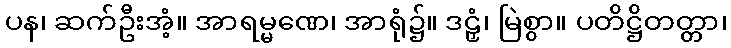
ပန၊ ဆက်ဦးအံ့။ အာရမ္မဏေ၊ အာရုံ၌။ ဒဠှံ၊ မြဲစွာ။ ပတိဋ္ဌိတတ္တာ၊